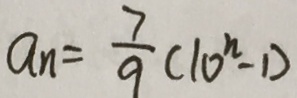
a _ { n } = \frac { 7 } { 9 } ( 1 0 ^ { n } - 1 )